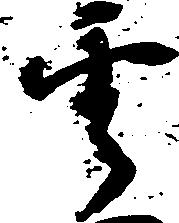
雲